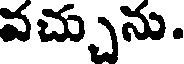
వచ్చును.